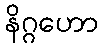
နိဂ္ဂဟော